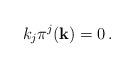
LaTeX: \begin{align*}k_{j}\pi^{j}({\bf k}) = 0 \, .\end{align*}